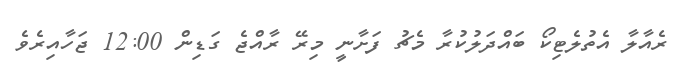
ރެއާލާ އެތުލެޓިކޯ ބައްދަލުކުރާ މެޗު ފަށާނީ މިރޭ ރާއްޖެ ގަޑިން 12:00 ޖަހާއިރެވެ